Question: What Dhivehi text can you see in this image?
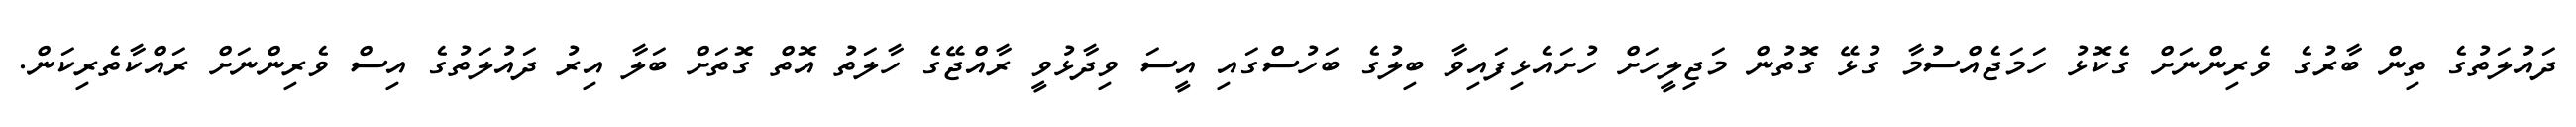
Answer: ދައުލަތުގެ ތިން ބާރުގެ ވެރިންނަށް ގެކޮޅު ހަމަޖެއްސުމާ ގުޅޭ ގޮތުން މަޖިލީހަށް ހުށައެޅިފައިވާ ބިލުގެ ބަހުސްގައި އީސަ ވިދާޅުވީ ރާއްޖޭގެ ހާލަތު އޮތް ގޮތަށް ބަލާ އިރު ދައުލަތުގެ އިސް ވެރިންނަށް ރައްކާތެރިކަން.